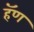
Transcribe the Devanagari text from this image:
हॅण